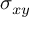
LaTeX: \sigma _ { x y }